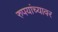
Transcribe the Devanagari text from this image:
रुपयांच्यावर